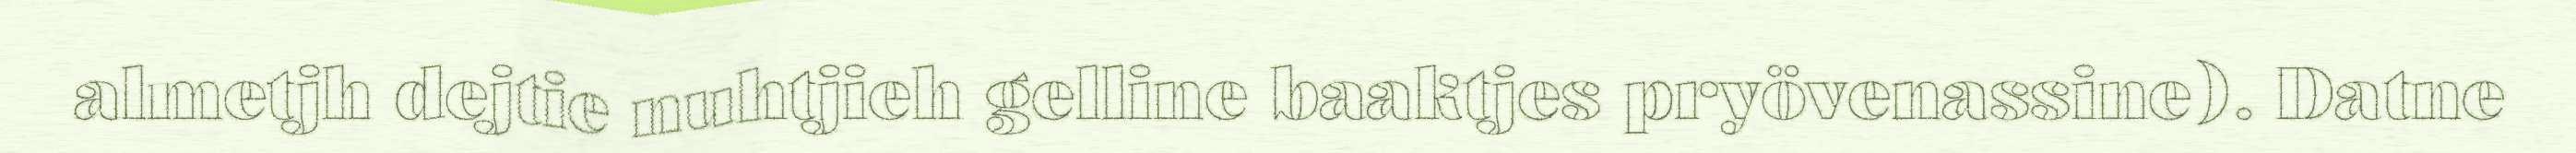
almetjh dejtie nuhtjieh gelline baaktjes pryövenassine). Datne